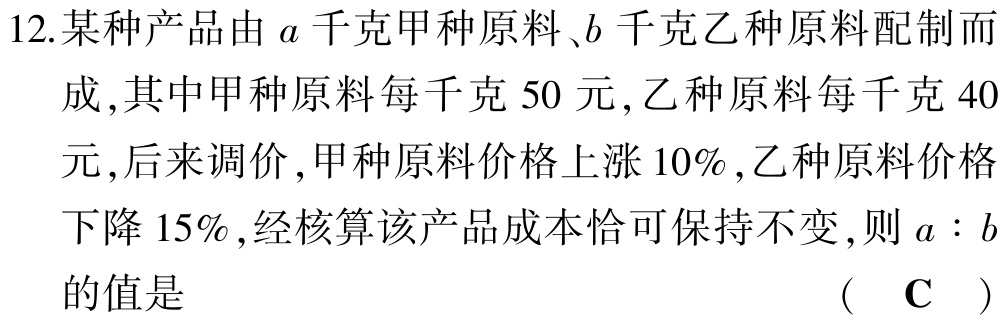
12.某种产品由\(a\)千克甲种原料、\(b\)千克乙种原料配制而成,其中甲种原料每千克\(50\)元,乙种原料每千克\(40\)元,后来调价,甲种原料价格上涨\(10\%\),乙种原料价格下降\(15\%\),经核算该产品成本恰可保持不变,则\(a:b\)的值是 （ \(\mathrm{C}\) ）